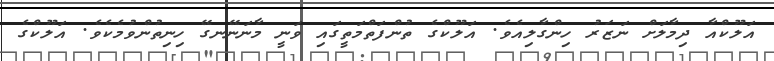
އަލޫކްއާ ދިމާލަށް ނަޒަރު ހިންގާލިއެވެ. އަލޫކްގެ ތުންފަތްމަތީގައި ވަނީ މާނަނޭނގޭ ހިނިތުންވުމެކެވެ. އަލޫކްގެ